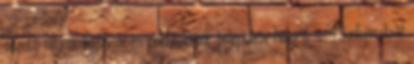
vezetõ állami, katonai és pártszervek települési helyeit a Budapestrõl